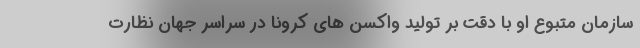
سازمان متبوع او با دقت بر تولید واکسن های کرونا در سراسر جهان نظارت